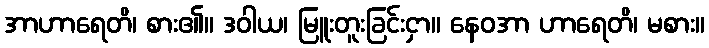
အာဟာရေတိ၊ စား၏။ ဒဝါယ၊ မြူးတူးခြင်းငှာ။ နေဝအာ ဟာရေတိ၊ မစား။